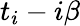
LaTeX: t_{i}-i\beta